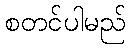
စတင်ပါမည်